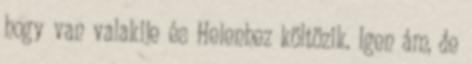
hogy van valakije és Helenhez költözik. Igen ám, de